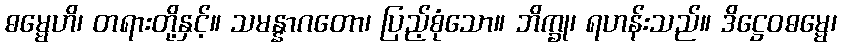
ဓမ္မေဟိ၊ တရားတို့နှင့်။ သမန္နာဂတော၊ ပြည့်စုံသော။ ဘိက္ခု၊ ရဟန်းသည်။ ဒိဋ္ဌေဝဓမ္မေ၊